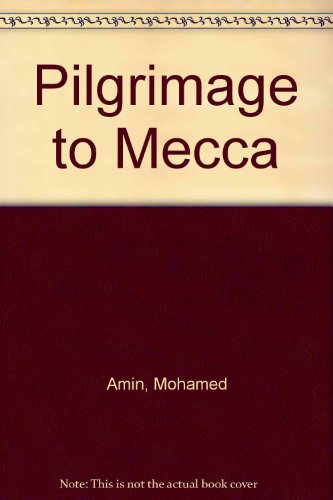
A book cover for Pilgrimage to Mecca; Mohamed Amin; Religion & Spirituality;